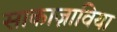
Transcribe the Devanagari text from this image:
साकाज़ाविया